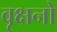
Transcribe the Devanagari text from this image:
वृक्षनो